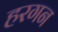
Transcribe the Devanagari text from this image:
हरगन